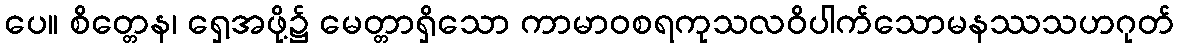
ပေ။ စိတ္တေန၊ ရှေ့အဖို့၌ မေတ္တာရှိသော ကာမာဝစရကုသလဝိပါက်သောမနဿသဟဂုတ်